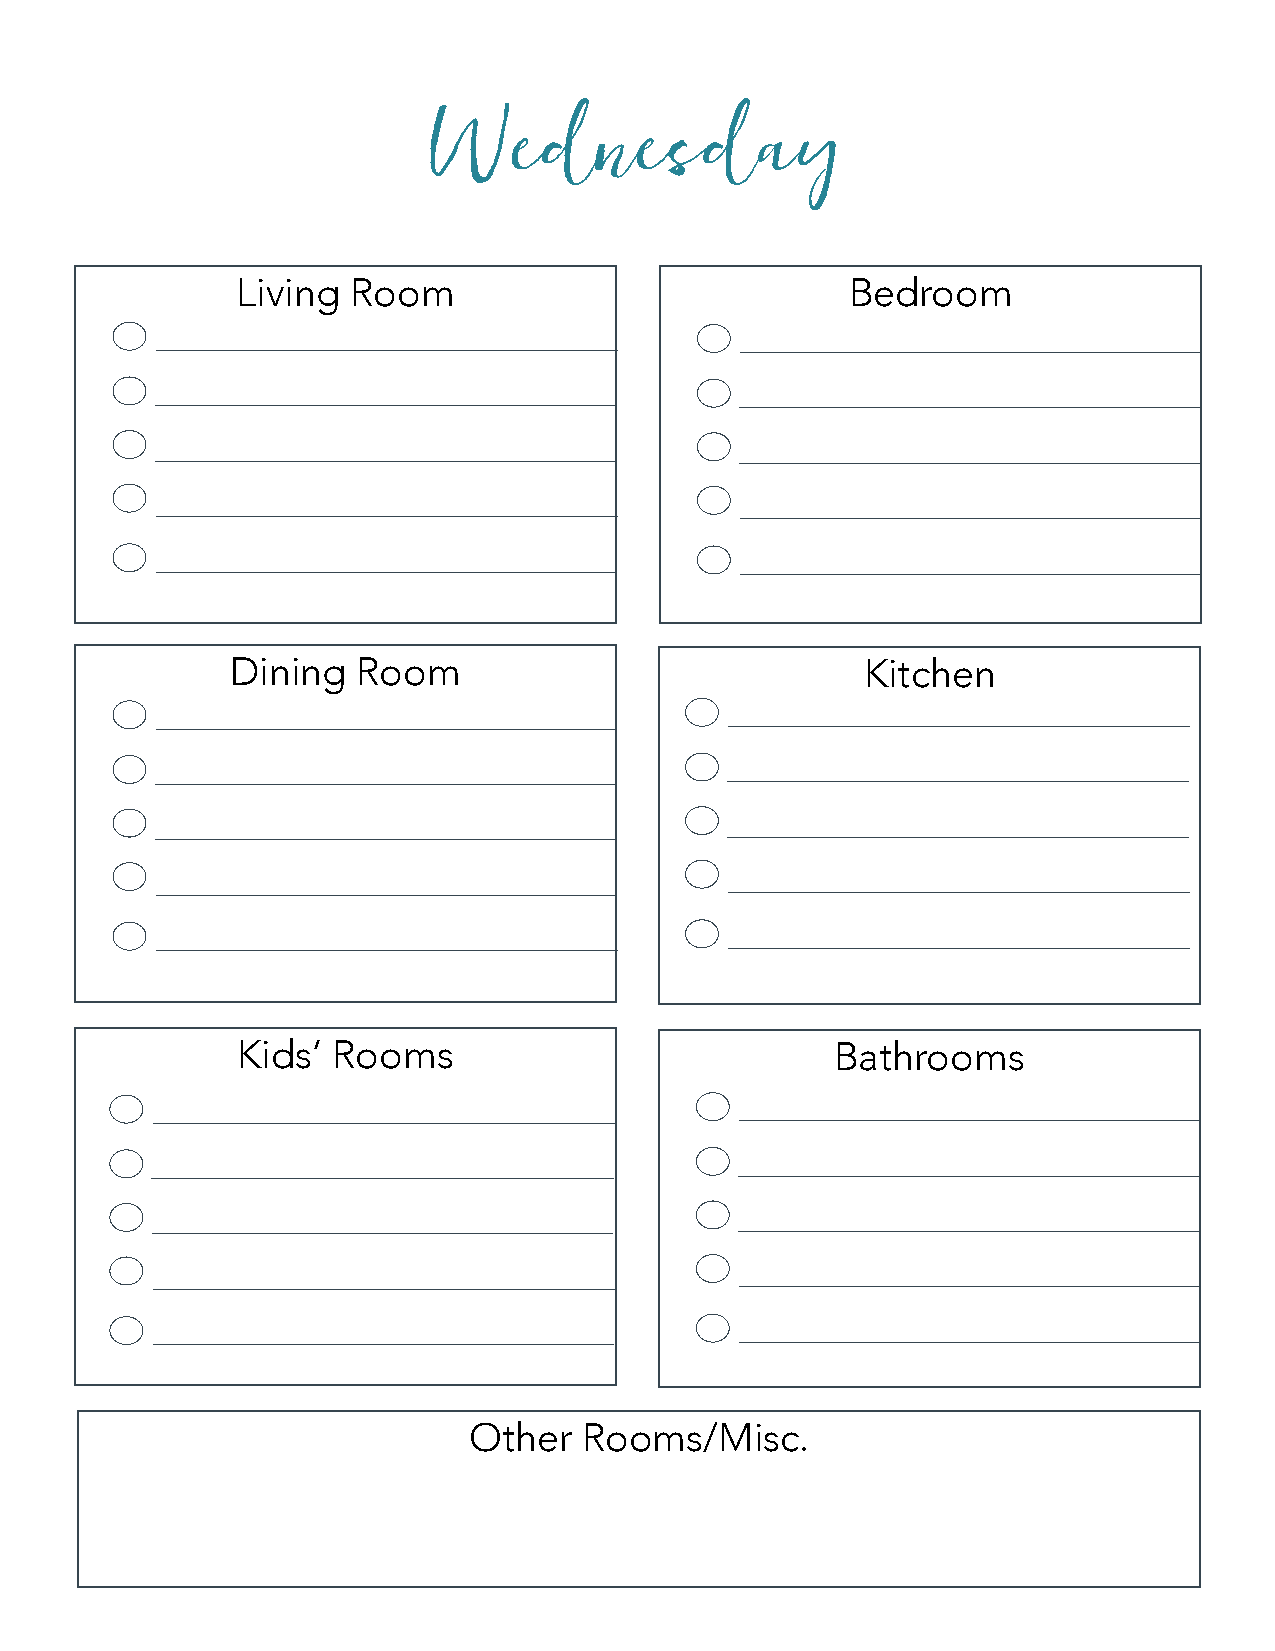
Wednesday
 Living Room                             Bedroom
 Dining   Room                             Kitchen
 Kids’ Rooms                            Bathrooms
 Other   Rooms/Misc.